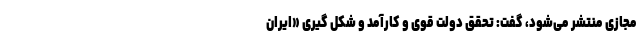
مجازی منتشر می‌شود، گفت: تحقق دولت قوی و کارآمد و شکل گیری «ایران